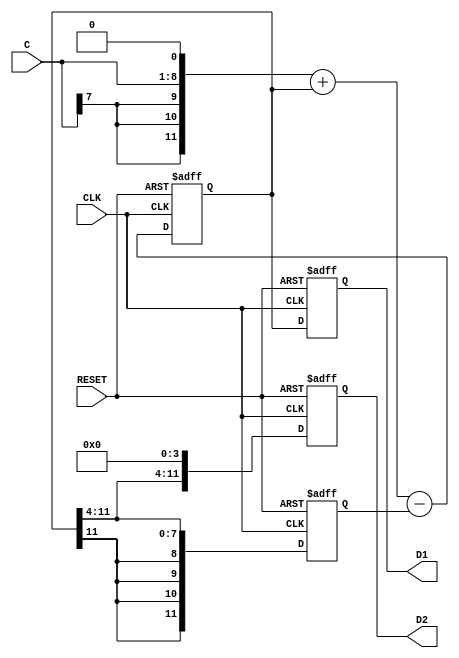
// This program was cloned from: https://github.com/Nitcloud/Digital-IDE
// License: GNU General Public License v3.0

module loop_filter(CLK, RESET, C, D1, D2);
   input         CLK;
   input         RESET;
   input [7:0]   C;
   output [11:0] D1;
   output [11:0] D2;
   reg [11:0]    D1;
   reg [11:0]    D2;
   
   
   reg [11:0]    E;
   reg [11:0]    dtemp;
   
   
always @(posedge CLK or posedge RESET)
	if (RESET == 1'b1) begin
		D1 <= {12{1'b0}};
		D2 <= {12{1'b0}};
		E <= {12{1'b0}};
		dtemp <= {12{1'b0}};
	end
	else begin
		dtemp <= ({C[7], C[7], C[7], C, 1'b0}) + dtemp - E;
		E <= {dtemp[11], dtemp[11], dtemp[11], dtemp[11], dtemp[11:4]};
		D1 <= dtemp;
		D2 <= {dtemp[11:4], 4'b0000};
	end
   
endmodule